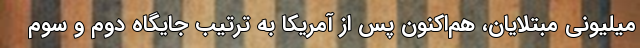
میلیونیِ مبتلایان، هم‌اکنون پس از آمریکا به ترتیب جایگاه دوم و سوم